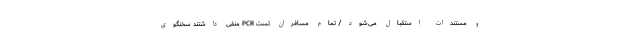
و مستندات استقبال می‌شود/ تمام مسافران تست PCR‌ منفی داشتند سخنگوی